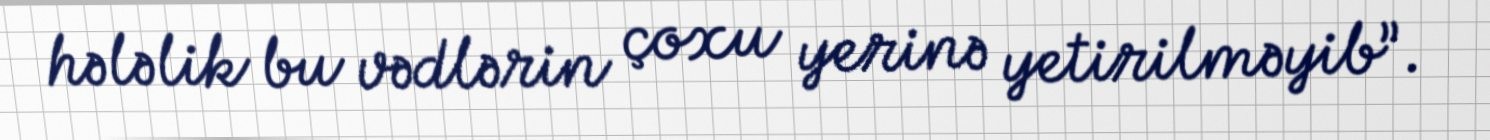
hələlik bu vədlərin çoxu yerinə yetirilməyib”.